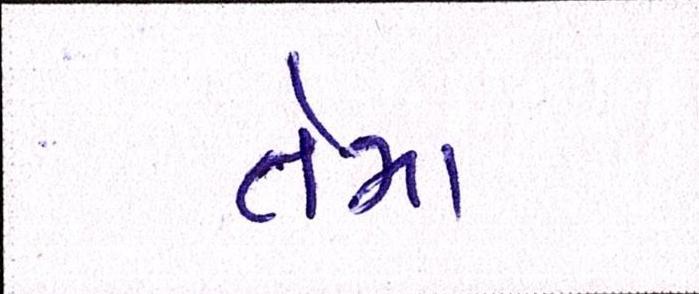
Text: તેમા